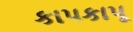
કાપકાપૂ